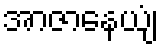
အာဇာနေယျံ